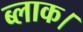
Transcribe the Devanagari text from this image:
ब्‍लाक।